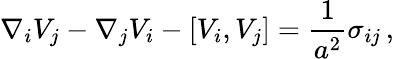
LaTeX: \nabla_{i}V_{j}-\nabla_{j}V_{i}-[V_{i},V_{j}]=\frac{1}{a^{2}}\sigma_{ij}\, ,